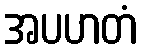
အပဟတံ